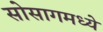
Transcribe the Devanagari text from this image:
सोसागमध्ये